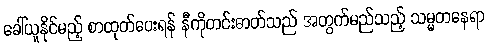
ခေါ်ယူနိုင်မည့် စာထုတ်ပေးရန် နီကိုတင်းဓာတ်သည် အတွက်မည်သည့် သမ္မတနေရာ